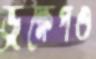
ভ্রূক্ষেপও